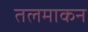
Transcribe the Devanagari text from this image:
तलमाकन